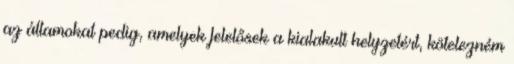
az államokat pedig, amelyek felelősek a kialakult helyzetért, kötelezném